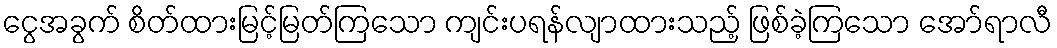
ငွေအခွက် စိတ်ထားမြင့်မြတ်ကြသော ကျင်းပရန်လျာထားသည့် ဖြစ်ခဲ့ကြသော အော်ရာလီ